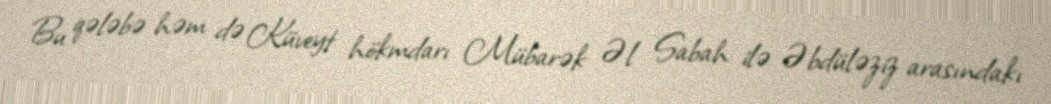
Bu qələbə həm də Küveyt hökmdarı Mübarək Əl Sabah ilə Əbdüləziz arasındakı